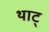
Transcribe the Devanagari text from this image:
थाट्